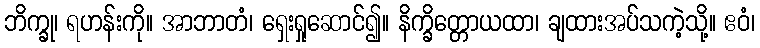
ဘိက္ခု၊ ရဟန်းကို။ အာဘာတံ၊ ရှေးရှုဆောင်၍။ နိက္ခိတ္တောယထာ၊ ချထားအပ်သကဲ့သို့။ ဧဝံ၊